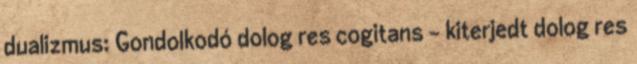
dualizmus: Gondolkodó dolog res cogitans – kiterjedt dolog res